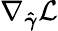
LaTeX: \nabla_{\boldsymbol{\hat{\gamma}}}\mathcal{L}